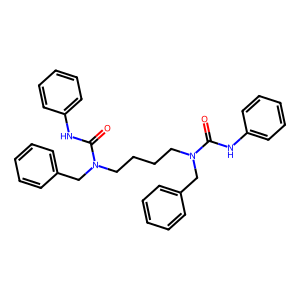
SMILES: O=C(Nc1ccccc1)N(CCCCN(Cc1ccccc1)C(=O)Nc1ccccc1)Cc1ccccc1
Inhibits HIV replication: No